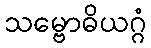
သမ္ဗောဓိယဂ္ဂံ